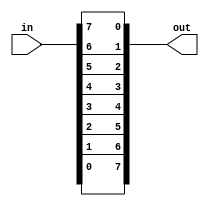
// Given an 8-bit input vector [7:0], reverse its bit ordering.
module top_module( 
    input [7:0] in,
    output [7:0] out
);
  assign out = {in[0], in[1], in[2], in[3], in[4], in[5], in[6], in[7]};
endmodule